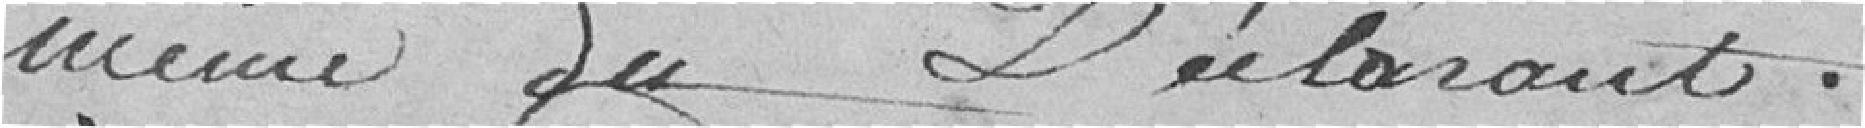
même du déclarant.